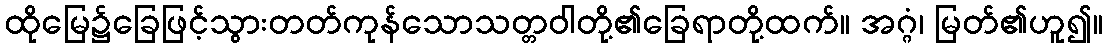
ထိုမြေ၌ခြေဖြင့်သွားတတ်ကုန်သောသတ္တဝါတို့၏ခြေရာတို့ထက်။ အဂ္ဂံ၊ မြတ်၏ဟူ၍။